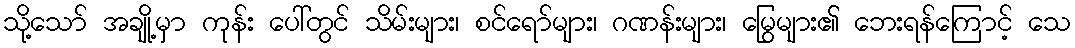
သို့သော် အချို့မှာ ကုန်း ပေါ်တွင် သိမ်းများ၊ စင်ရော်များ၊ ဂဏန်းများ၊ မြွေများ၏ ဘေးရန်ကြောင့် သေ